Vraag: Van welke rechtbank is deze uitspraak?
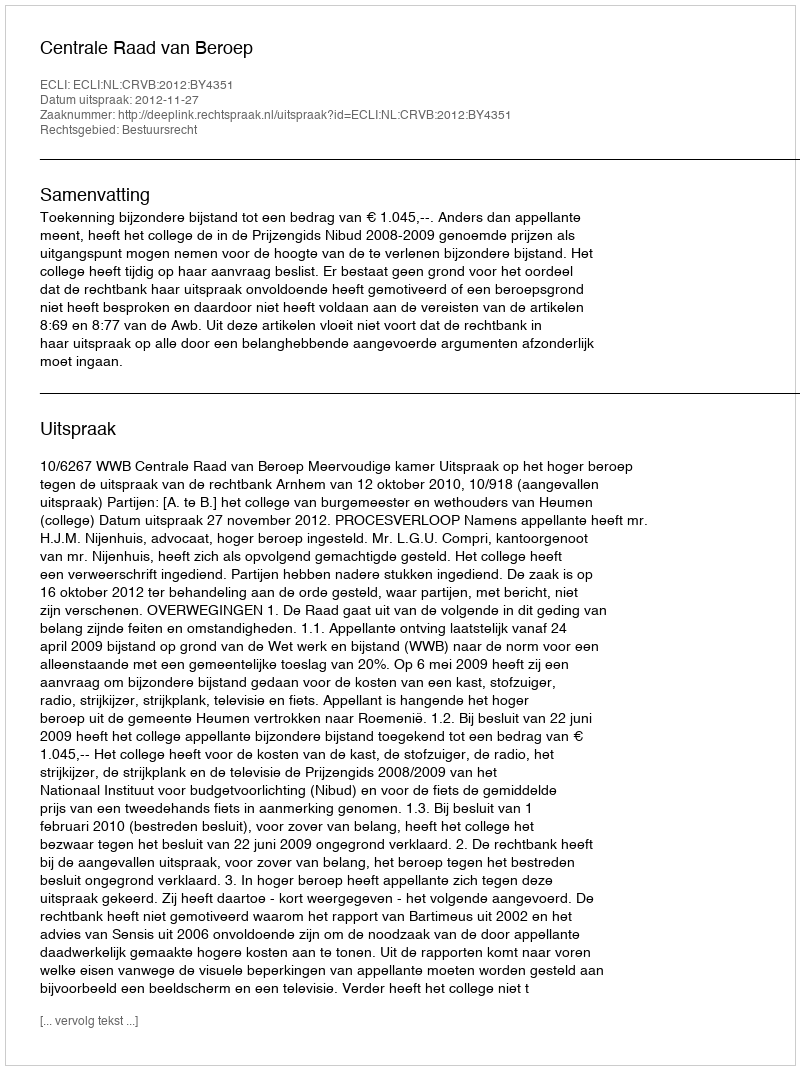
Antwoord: Centrale Raad van Beroep